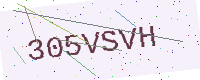
Text: 305VSVH